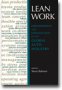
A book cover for Lean Work: Empowerment and Exploitation in the Global Auto Industry; Business & Money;